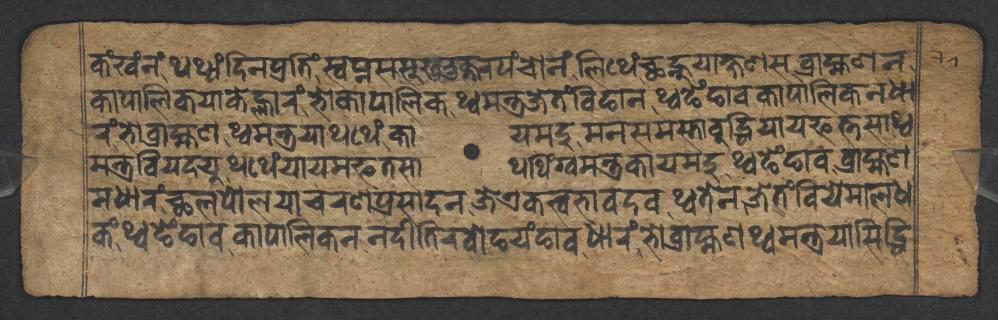
𑐎𑑄𑐏𑑄𑐣𑑄𑐠𑐠𑑂𑐫𑑄𑐡𑐶𑐣𑐥𑑂𑐬𑐟𑐶𑑄𑐳𑑂𑐰𑐥𑑂𑐣𑐳𑐳𑐸𑐏𑐨𑐸𑐎𑑂𑐟𑐬𑐥𑑄𑐔𑑀𑐣𑑄𑐮𑐶𑐠𑐾𑑄𑐕𑐣𑑂𑐴𑐸𑐫𑐵𑐎𑑂𑐲𑐞𑐳𑐧𑑂𑐬𑐵𑐴𑑂𑐩𑐞𑐣 𑐎𑐵𑐥𑐵𑐮𑐶𑐎𑐫𑐵𑐎𑐾𑐮𑑂𑐴𑐵𑐬𑑄𑐨𑑀𑐎𑐵𑐥𑐵𑐮𑐶𑐎𑐠𑑂𑐰𑐩𑐣𑑂𑐟𑑂𑐬𑐖𑐾𑐟𑑄𑐧𑐶𑐒𑐵𑐣𑐠𑑂𑐰𑐒𑐾𑑄𑐒𑐵𑐰𑐎𑐵𑐥𑐵𑐮𑐶𑐎𑐣𑐢𑐵 𑐬𑑄𑐨𑑀𑐧𑑂𑐬𑐵𑐴𑑂𑐩𑐞𑐠𑑂𑐰𑐩𑐣𑑂𑐟𑑂𑐬𑐫𑐵𑐠𑐠𑐾𑑄𑐎𑐵𑐫𑐩𑐡𑐸𑐩𑐣𑐳𑐩𑐳𑑂𑐟𑐵𑐧𑐸𑐡𑑂𑐢𑐶𑐫𑐵𑐫𑐦𑐟𑑂𑐟𑐳𑐵𑐠𑑂𑐰 𑐩𑐣𑑂𑐟𑑂𑐬𑐧𑐶𑐫𑐡𑐫𑐸𑐠𑐠𑐾𑑄𑐫𑐵𑐫𑐩𑐦𑐟𑐳𑐵𑐠𑐠𑐶𑑄𑐐𑑂𑐰𑐩𑐣𑑂𑐟𑑂𑐬𑐎𑐵𑐫𑐩𑐡𑐸𑐠𑑂𑐰𑐒𑐾𑑄𑐒𑐵𑐰𑐧𑑂𑐬𑐵𑐴𑑂𑐩𑐞 𑐣𑐢𑐵𑐬𑑄𑐕𑐮𑐥𑑀𑐮𑐫𑐵𑐔𑐬𑐞𑐥𑑂𑐬𑐳𑐵𑐡𑐣𑐖𑐾𑐊𑐎𑐟𑑂𑐰𑐨𑐵𑐰𑐡𑐰𑐠𑑂𑐰𑐟𑐾𑐣𑐖𑐾𑐟𑑄𑐧𑐶𑐫𑐾𑐩𑐵𑐮𑐢 𑐎𑑄𑐠𑑂𑐰𑐒𑐾𑑄𑐒𑐵𑐰𑐎𑐵𑐥𑐵𑐮𑐶𑐎𑐣𑐣𑐡𑐷𑐟𑐷𑐬𑐧𑑀𑐒𑐫𑑄𑐒𑐵𑐰𑐢𑐵𑐬𑑄𑐨𑑀𑐧𑑂𑐬𑐵𑐴𑑂𑐩𑐞𑐠𑑂𑐰𑐩𑐣𑑂𑐟𑑂𑐬𑐫𑐵𑐳𑐶𑐡𑑂𑐢𑐶